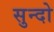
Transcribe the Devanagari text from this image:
सुन्दो